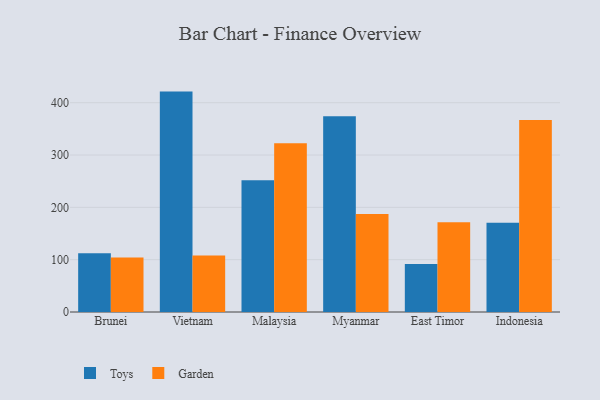
{"axis": {"x": "Country", "y": "Latency (ms)"}, "legend": ["Garden", "Toys"], "data": [{"x": "Brunei", "y": 112.2, "type": "Toys"}, {"x": "Brunei", "y": 104.2, "type": "Garden"}, {"x": "Vietnam", "y": 421.2, "type": "Toys"}, {"x": "Vietnam", "y": 107.9, "type": "Garden"}, {"x": "Malaysia", "y": 251.8, "type": "Toys"}, {"x": "Malaysia", "y": 322.6, "type": "Garden"}, {"x": "Myanmar", "y": 373.9, "type": "Toys"}, {"x": "Myanmar", "y": 187.2, "type": "Garden"}, {"x": "East Timor", "y": 91.6, "type": "Toys"}, {"x": "East Timor", "y": 171.6, "type": "Garden"}, {"x": "Indonesia", "y": 170.8, "type": "Toys"}, {"x": "Indonesia", "y": 366.8, "type": "Garden"}]}